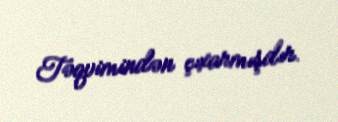
Təqvimindən çıxarmışdır.